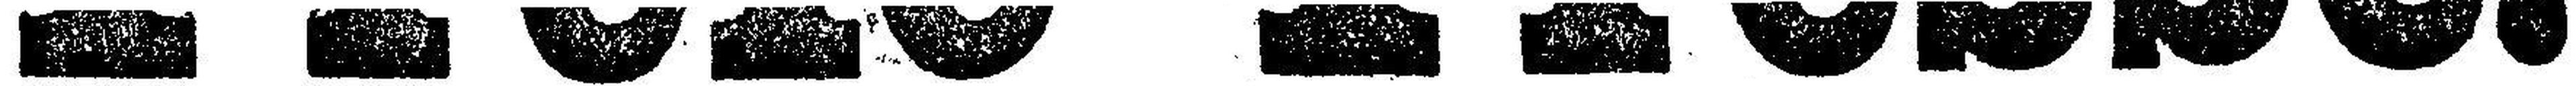
Freie Presse.